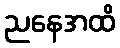
ညနေအထိ